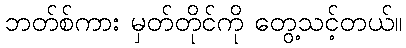
ဘတ်စ်ကား မှတ်တိုင်ကို တွေ့သင့်တယ်။